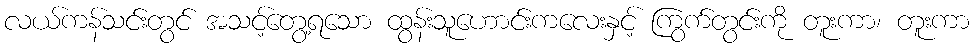
လယ်ကန်သင်းတွင် အသင့်တွေ့ရသော ထွန်းသူဟောင်းကလေးနှင့် ကြွက်တွင်းကို တူးကာ၊ တူးကာ